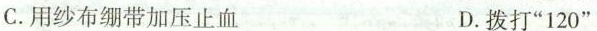
C.用纱布绷带加压止血 D.拨打“120”